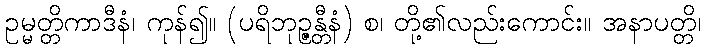
ဥမ္မတ္တိကာဒီနံ၊ ကုန်၍။ (ပရိဘုဉ္ဇန္တီနံ) စ၊ တို့၏လည်းကောင်း။ အနာပတ္တိ၊